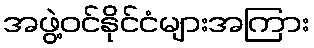
အဖွဲ့ဝင်နိုင်ငံများအကြား